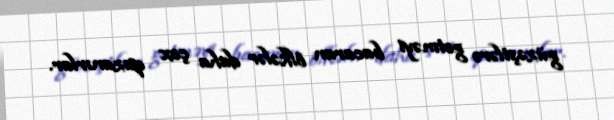
güzəştlərə getməyi bacaran ölkələr daha çox qazanırlar.